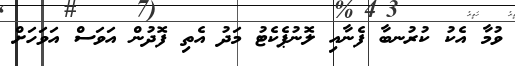
ވުމާ އެކު ކުރުނބާ ފެނާއި ލޮނުޕެކެޓު މަދު އެތި ފޮދުން އަވަސް އަވަހަށް